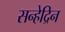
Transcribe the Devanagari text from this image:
सन्हेद्रिन